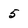
Character: 5